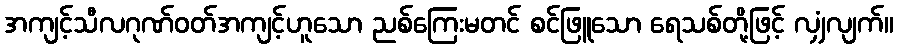
အကျင့်သီလဂုဏ်ဝတ်အကျင့်ဟူသော ညစ်ကြေးမတင် စင်ဖြူသော ရေသစ်တို့ဖြင့် လျှံလျက်။